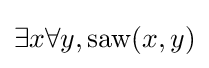
\exists x\forall y,{\mbox{saw}}(x,y)